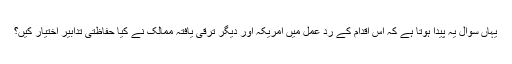
یہاں سوال یہ پیدا ہوتا ہے کہ اس اقدام کے رد عمل میں امریکہ اور دیگر ترقی یافتہ ممالک نے کیا حفاظتی تدابیر اختیار کیں؟